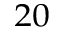
^ { 2 0 }